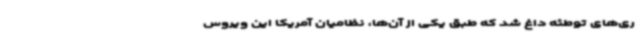
ری‌های توطئه داغ شد که طبق یکی از آن‌ها، نظامیان آمریکا این ویروس